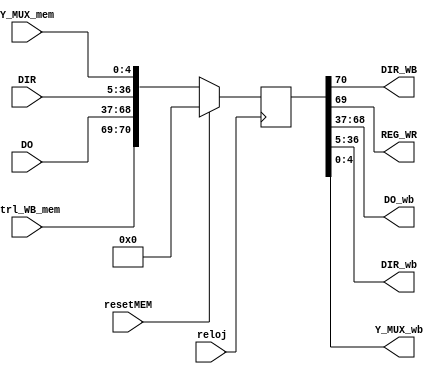
`timescale 1ns / 1ps
//////////////////////////////////////////////////////////////////////////////////
// Module Name: MEM_WB
//////////////////////////////////////////////////////////////////////////////////


module MEM_WB(
    input reloj,
    input resetMEM,
    input [1:0] ctrl_WB_mem,
    input [31:0] DO, //Salida Memoria de Datos
    input [31:0] DIR, //Entrada Direccion Memoria de Datos
    input [4:0] Y_MUX_mem,

    output DIR_WB,
    output REG_WR,
    output [31:0] DO_wb, //Salida de Memoria de Datos a Multiplexor Selector
    output [31:0] DIR_wb, // Salida "directa" de la ALU
    output [4:0] Y_MUX_wb //Salida para WB
    );


    reg [70:0] MEM_WB;


    always @(posedge reloj)
    begin

       if (resetMEM)
       begin
          MEM_WB <= 71'b0;
       end

       else
       begin
          MEM_WB <= {ctrl_WB_mem, DO, DIR, Y_MUX_mem};
       end
    end

    assign DIR_WB = MEM_WB[70];
    assign REG_WR = MEM_WB[69];//Salida para WB
    assign DO_wb = MEM_WB[68:37];
    assign DIR_wb = MEM_WB[36:5];
    assign Y_MUX_wb = MEM_WB[4:0];

endmodule